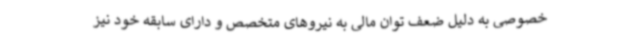
خصوصی به دلیل ضعف توان مالی به نیروهای متخصص و دارای سابقه خود نیز